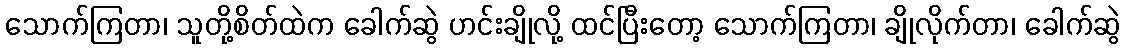
သောက်ကြတာ၊ သူတို့စိတ်ထဲက ခေါက်ဆွဲ ဟင်းချိုလို့ ထင်ပြီးတော့ သောက်ကြတာ၊ ချိုလိုက်တာ၊ ခေါက်ဆွဲ